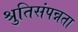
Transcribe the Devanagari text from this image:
श्रुतिसंपन्नता